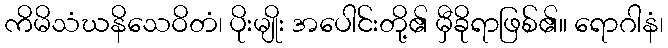
ကိမိသံဃနိသေဝိတံ၊ ပိုးမျိုး အပေါင်းတို့၏ မှီခိုရာဖြစ်၏။ ရောဂါနံ၊